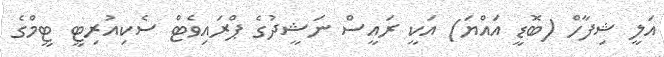
އަލީ ޝިފާހް (ބޮޑީ އައްޔަ) އަކީ ރައީސް ނަޝީދުގެ ޕްރައިވެޓް ސެކިއުރިޓީ ޓީމްގެ